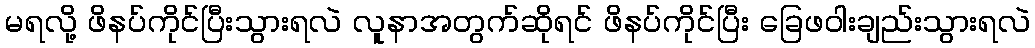
မရလို့ ဖိနပ်ကိုင်ပြီးသွားရလဲ လူနာအတွက်ဆိုရင် ဖိနပ်ကိုင်ပြီး ခြေဖဝါးချည်းသွားရလဲ